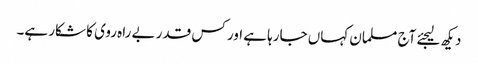
دیکھ لیجئے آج مسلمان کہاں جارہا ہے اور کس قدر بے راہ روی کا شکار ہے۔